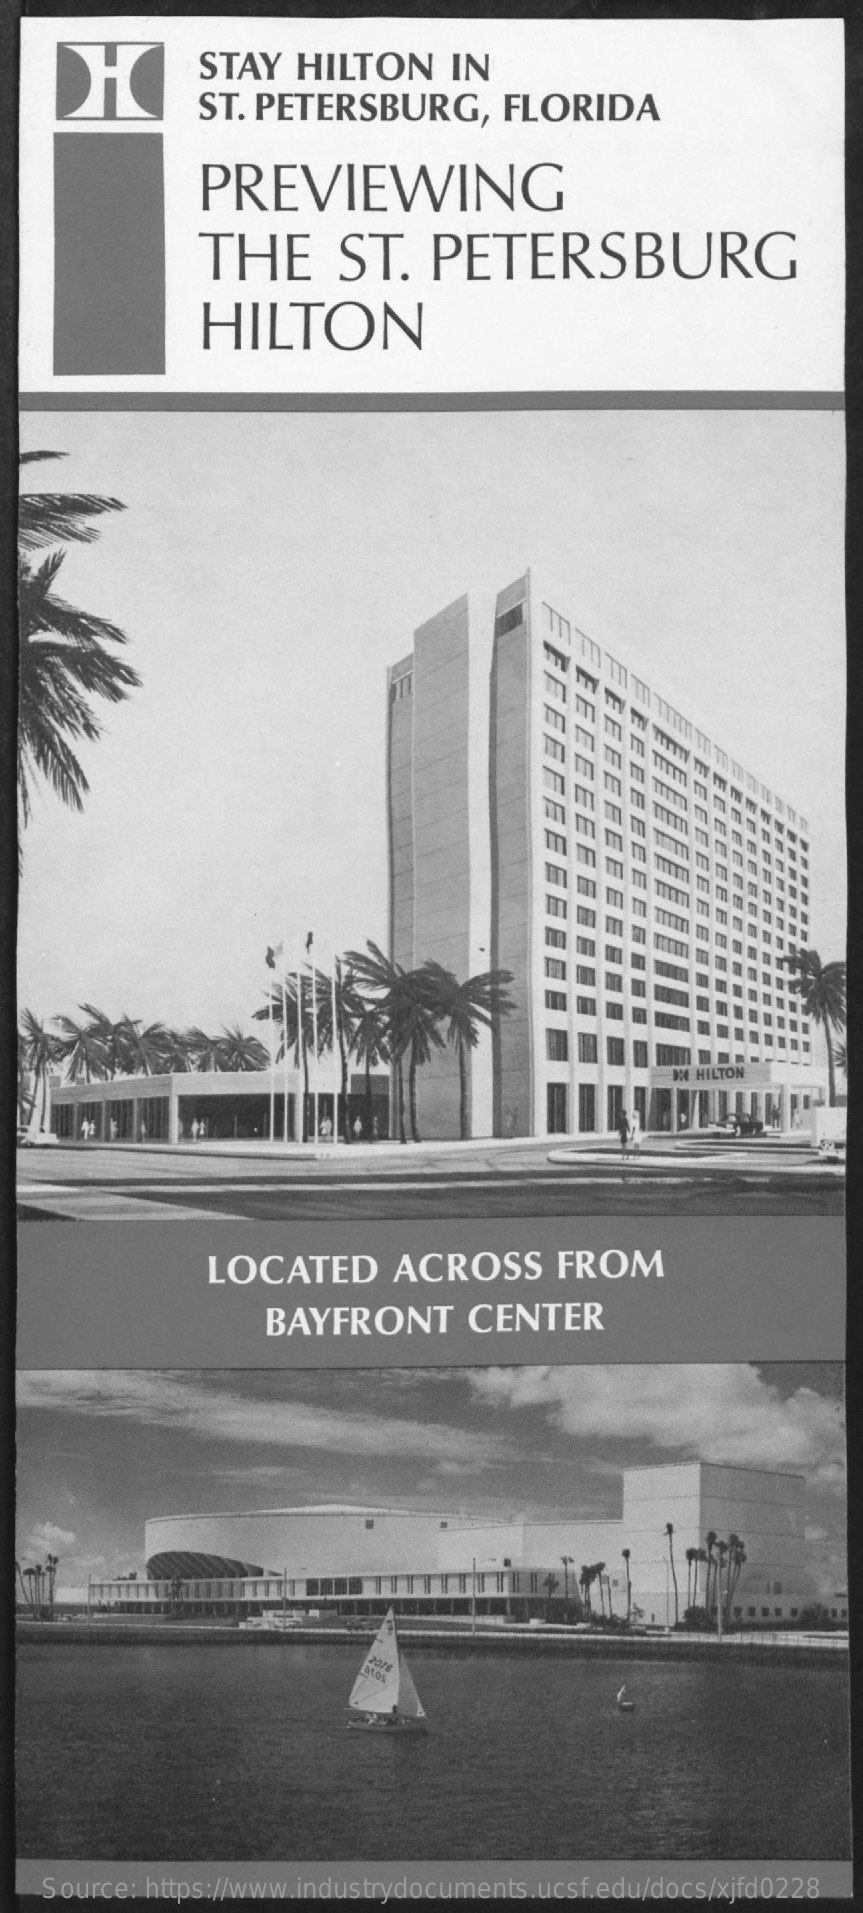
H    STAY   HILTON    IN
     ST. PETERSBURG,    FLORIDA
     PREVIEWING
     THE    ST.    PETERSBURG
     HILTON
     DI HILTON
     LOCATED    ACROSS    FROM
     BAYFRONT    CENTER
     2018
    Source: https://www.industrydocuments.ucsf.edu/docs/xjfd0228